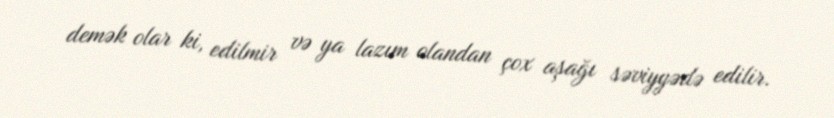
demək olar ki, edilmir və ya lazım olandan çox aşağı səviyyədə edilir.